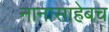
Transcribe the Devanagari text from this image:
नानासाहेबच